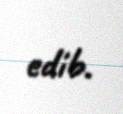
edib.